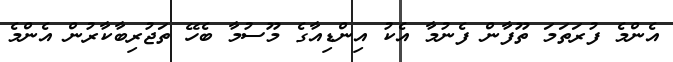
އެންމެ ފުރަތަމަ ތޫފާން ފެނުމާ އެކު އިންޑިއާގެ މޫސުމާ ބެހޭ ތަޖުރިބާކާރުން އެންމެ